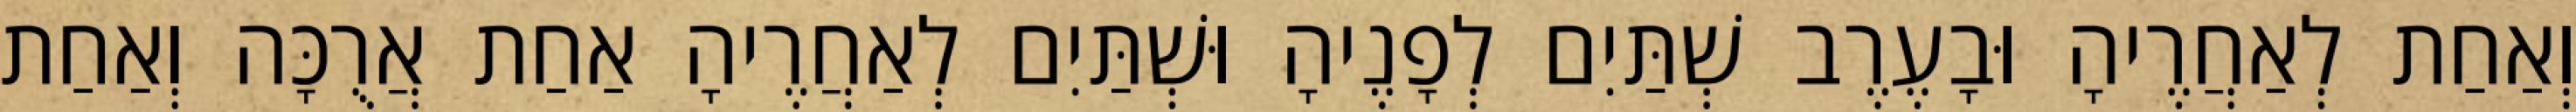
וְאַחַת לְאַחֲרֶיהָ וּבָעֶרֶב שְׁתַּיִם לְפָנֶיהָ וּשְׁתַּיִם לְאַחֲרֶיהָ אַחַת אֲרֻכָּה וְאַחַת